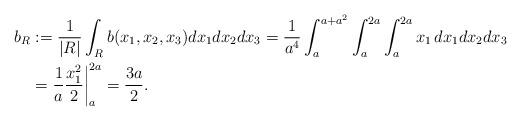
LaTeX: \begin{align*}b_R&:={1\over |R|} \int_R b(x_1,x_2,x_3) dx_1dx_2dx_3={1\over a^4} \int_{a}^{a+a^2}\int_{a}^{2a}\int_{a}^{2a} x_1\,dx_1dx_2dx_3\\&= {1\over a} {x_1^2\over 2}\bigg|_a^{2a} = {3a\over2}.\end{align*}